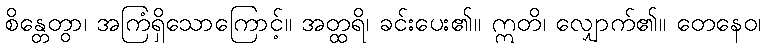
စိန္တေတွာ၊ အကြံရှိသောကြောင့်။ အတ္ထရိ၊ ခင်းပေး၏။ ဣတိ၊ လျှောက်၏။ တေနေဝ၊